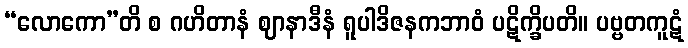
“လောကော”တိ စ ဂဟိတာနံ ဈာနာဒီနံ ရူပါဒိဇနကဘာဝံ ပဋိက္ခိပတိ။ ပဗ္ဗတကူဋံ